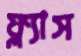
ফ্ল্যাস